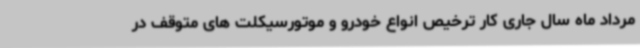
مرداد ماه سال جاری کار ترخیص انواع خودرو و موتورسیکلت های متوقف در